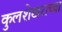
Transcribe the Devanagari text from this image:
कुलशेखराच्या